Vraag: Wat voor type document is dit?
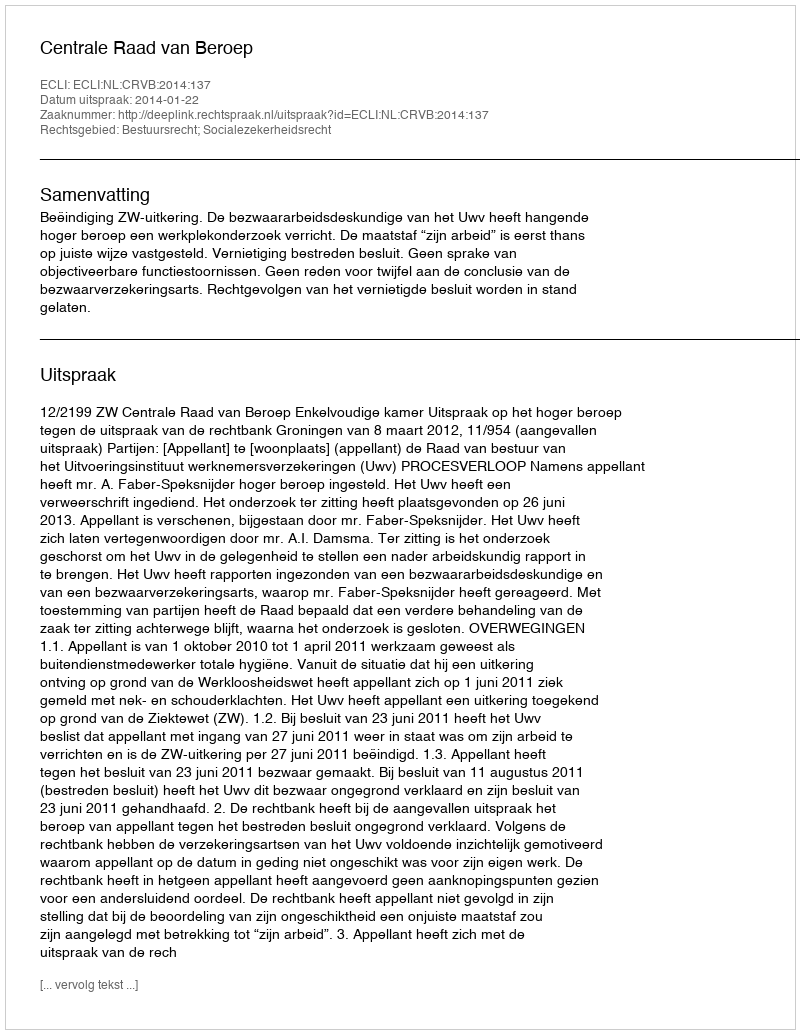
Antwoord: Uitspraak